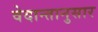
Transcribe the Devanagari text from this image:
वेदान्तानुसार